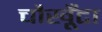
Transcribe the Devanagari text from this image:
चौखूँटा